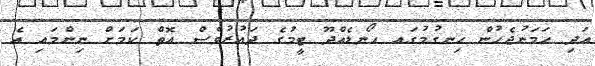
އަދި ހަމަނުޖެހުން ހިނގުމުގައ ހޯނޑެއްދޫ ޓީމުގެ ދައުރުވެސް އޮތް ކަމަށް ނިންމައި އެ